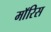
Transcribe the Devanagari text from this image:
माॅरिस